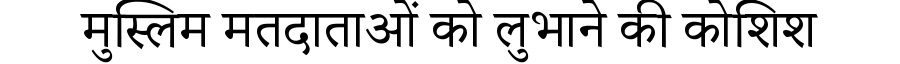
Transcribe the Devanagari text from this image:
मुस्लिम मतदाताओं को लुभाने की कोशिश